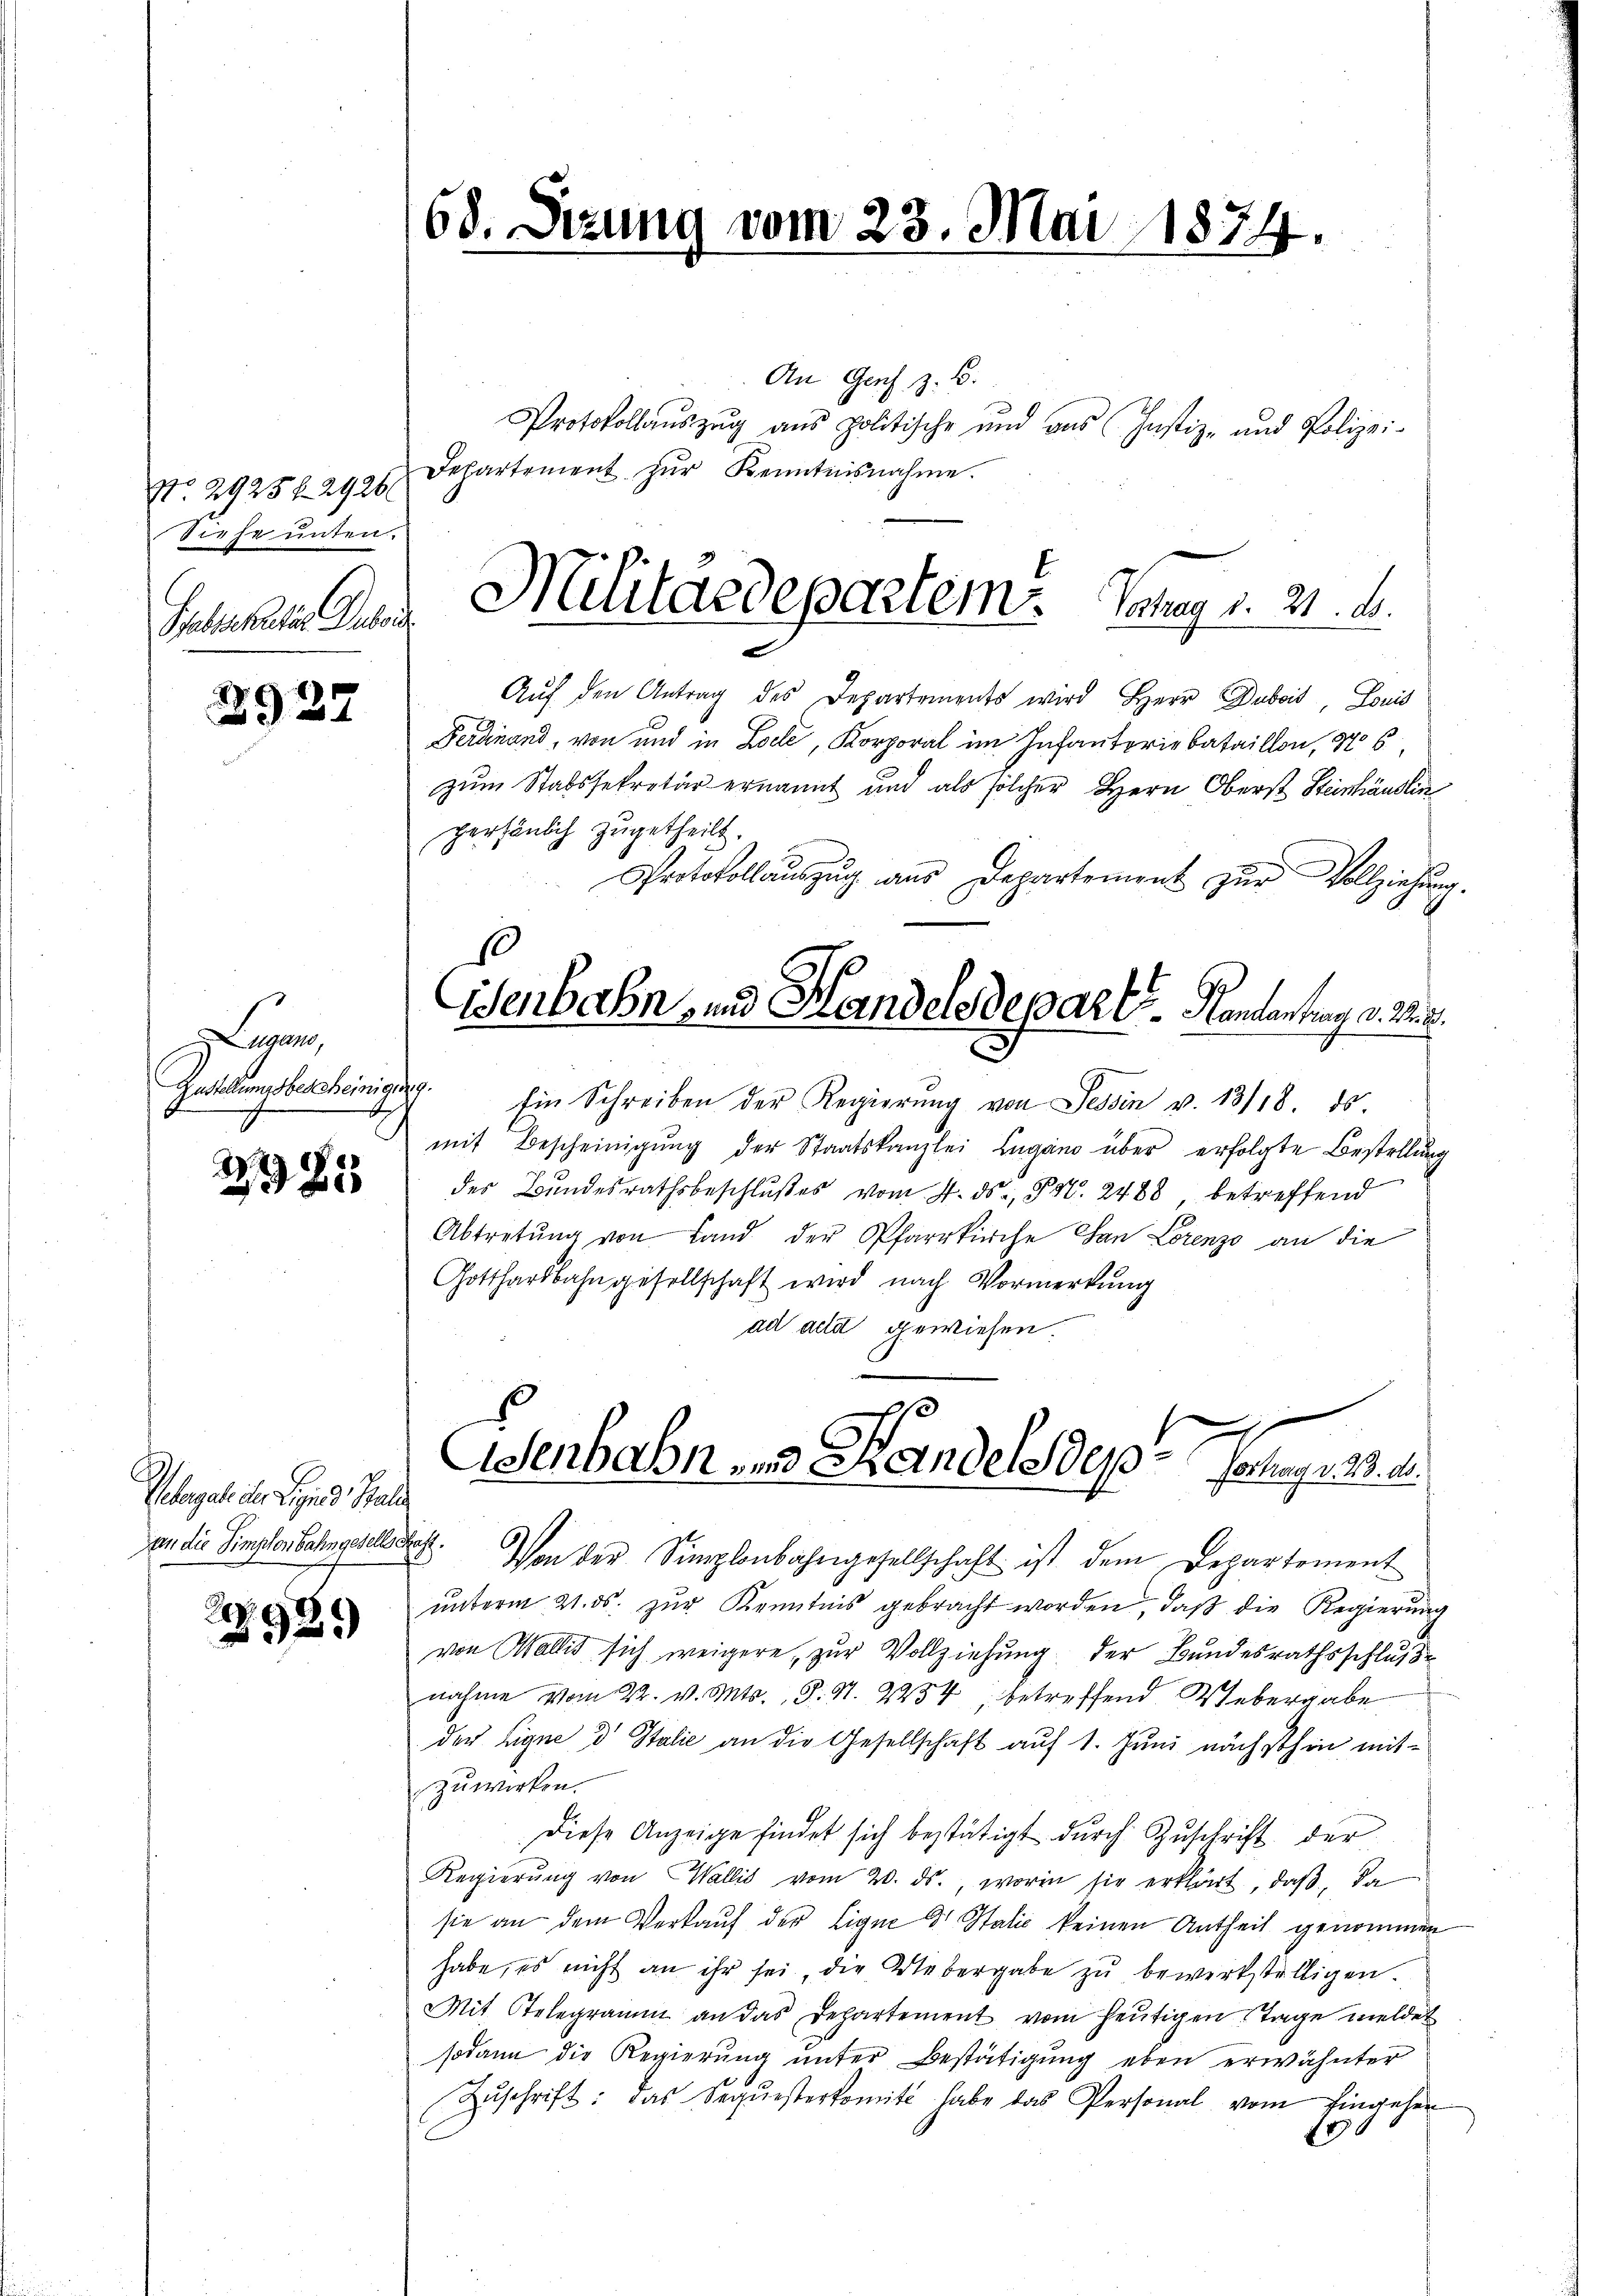
No. 2925 f. 2926
Siehe unten.

2927

Lugano,
Zustellungsbescheinigen

2985

Gelangel der Gesind, Stat
Dan die Simplenbahngeselle

2929

68. Sitzung vom 23. Mai 1874.

An Genf z. B.
Protokollauszug aus politische und aus Justiz- und Polizei-
Departement zŭr Kenntnisnahme.
e
Aŭf den Antrag des Departements wird Herr Dubois Louis
Ferdinand, von und in Loele, Korpora im Infanteriebataillon, No 6
zum Stabssekretär ernannt und als solcher Herr Oberst Steinhändlin
persönlich zugetheilt.
Protokollauszug aus Departement zur Vollziehun
.
Ein Schreiben der Regierŭng von Tessin v. 13/18. ds
mit Bescheinigŭng der Staatskanzlei Lugano über erfolgte Bestellung
g
des Bundesrathsbeschlußes vom 4. ds., 850. 2488 betreffend
Abtretŭng von Land der Pfarrkirche San Lorenzo an die
Gotthardbahngesellschaft wird nach Vormerkŭng
ad acta gewiesen.
e
Esenbahn. v. Handelsdep. ag. 19.
. Von der Simplonbahngesellschaft ist dem Departement
ŭnterm 21. ds. zŭr Kenntnis gebracht worden, daβ die Regierung
von Wallis sich weigere, zur Vollziehung der Bundesrathsschluß
nahme vom 22. v. Mts., S. S. 2434 betreffend Webergabe
der Eigne d Italie an die Gesellschaft auf 1. Juni nächsthin mitzuwirken.
Diese Anzeige findet sich bestätigt durch Zŭschrift der
Regierŭng von Wallis vom 20. ds., worin sie erklärt, daβ da
sie an dem Verkauf der Eigne dr Stalić keinen Antheil genommen
habe, es nicht an ihr sei, die Uebergabe zŭ bewirkstelligen.
Mit Telegramm an das Departement vom heutigen Tage meldet
sodann die Regierung unter Bestätigung eben erwähnter
Zŭschrift: das Seqŭesterkomit habe das Personal vom Eingehen
180

Jahn dem Militärdepartem. Sahung v. 21. d.

isenbahn- und Handelsdeparte Kontantrag v. M. D.